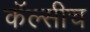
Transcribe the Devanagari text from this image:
कॅल्सीच